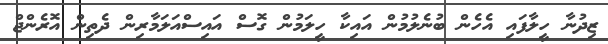
ޒިދުނާ ހީލާފައި އެހެން ބުނެލުމުން އައިކާ ހީލަމުން ގޮސް އައިސްއަލަމާރިން ދެތިން އޮރެންޖް